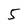
Character: 5